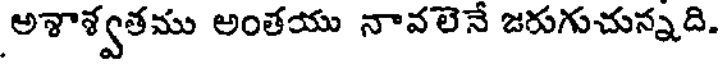
అశాశ్వతము అంతయు నావలెనే జరుగుచున్నది.